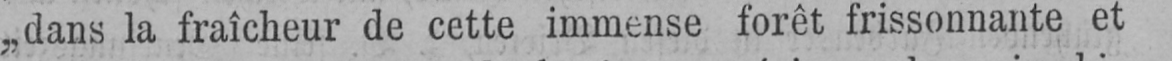
„dans la fraîcheur de cette immense forêt frissonnante et